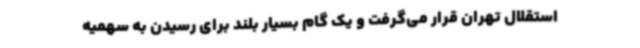
استقلال تهران قرار می‌گرفت و یک گام بسیار بلند برای رسیدن به سهمیه